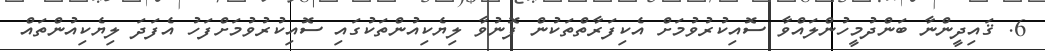
6. ޤައިދީންނާ ބަންދުމީހުންލައްވާ ސޮއިކުރުވުމަށް އެކިފަރާތްތަކުން ފޮނުވާ ލިޔެކިއުންތަކުގައި ސޮއިކުރުވުމަށްފަހު އެފަދަ ލިޔެކިއުންތައް